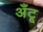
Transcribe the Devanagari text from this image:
अँटू